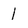
Character: 1